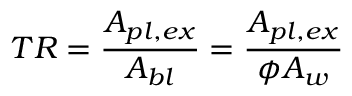
T R = \frac { A _ { p l , e x } } { A _ { b l } } = \frac { A _ { p l , e x } } { \phi A _ { w } }